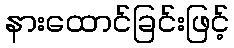
နားထောင်ခြင်းဖြင့်